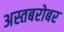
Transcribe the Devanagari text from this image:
अस्तबरोबर